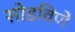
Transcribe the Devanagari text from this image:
सोडविणें